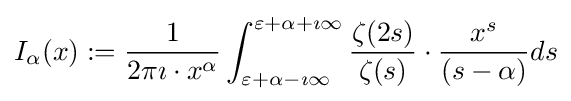
I_{\alpha }(x):={\frac {1}{2\pi \imath \cdot x^{\alpha }}}\int _{\varepsilon +\alpha -\imath \infty }^{\varepsilon +\alpha +\imath \infty }{\frac {\zeta (2s)}{\zeta (s)}}\cdot {\frac {x^{s}}{(s-\alpha )}}ds